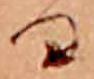
る